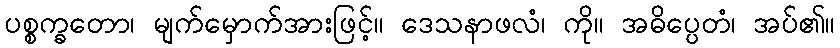
ပစ္စက္ခတော၊ မျက်မှောက်အားဖြင့်။ ဒေသနာဖလံ၊ ကို။ အဓိပ္ပေတံ၊ အပ်၏။